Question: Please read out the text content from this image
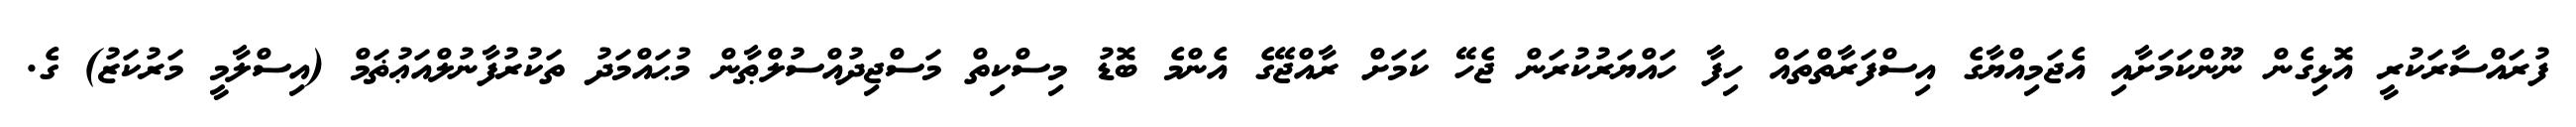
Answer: ފުރައްސާރަކުރީ އޮޅިގެން ނޫންކަމަށާއި އެޖަމިއްޔާގެ އިސްފަރާތްތައް ހިފާ ހައްޔަރުކުރަން ޖެހޭ ކަމަށް ރާއްޖޭގެ އެންމެ ބޮޑު މިސްކިތް މަސްޖިދުއްސުލްޠާން މުޙައްމަދު ތަކުރުފާނުލްއަޢުޡަމް (އިސްލާމީ މަރުކަޒު) ގެ.